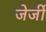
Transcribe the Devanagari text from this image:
जेर्जी